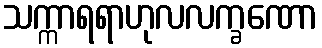
သက္ကာရရာဟုလလက္ခဏော